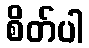
စိတ်ပါ